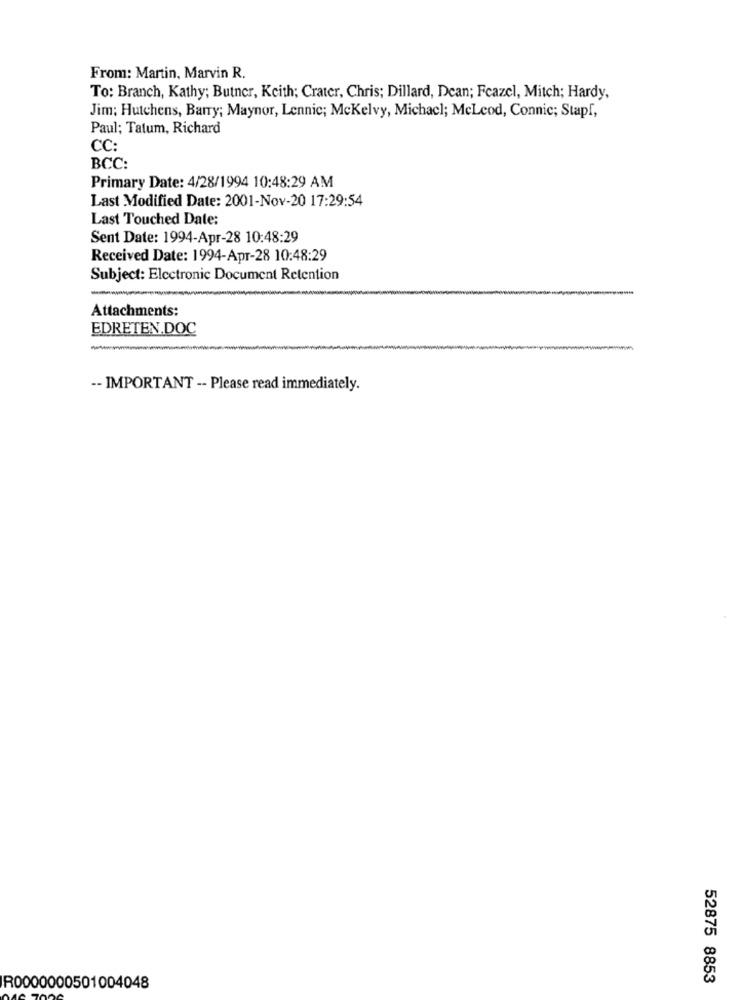
From: Martin, Marvin R.
To: Branch, Kathy; Butner, Keith; Crater, Chris; Dillard, Dean; Fcazel, Mitch; Hardy,
Jim; Hutchens, Barry; Maynor, Lennic; Mckelvy, Michacl; McLeod, Connic; Stapf,
Paul; Tatum, Richard
CC:
BCC:
Primary Date: 4/28/1994 10:48:29 AM
Last Modified Date: 2001-Nov-20 17:29:54
Last Touched Date:
Sent Date: 1994-Apr-28 10:48:29
Received Date: 1994-Apr-28 10:48:29
Subject: Electronic Document Retention
Attachments:
EDRETEN.DOC
-- IMPORTANT -- Please read immediately.
52875 8853
R0000000501004048